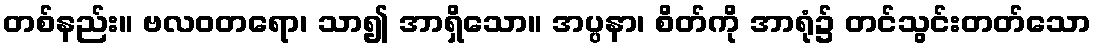
တစ်နည်း။ ဗလဝတရော၊ သာ၍ အာရှိသော။ အပ္ပနာ၊ စိတ်ကို အာရုံ၌ တင်သွင်းတတ်သော